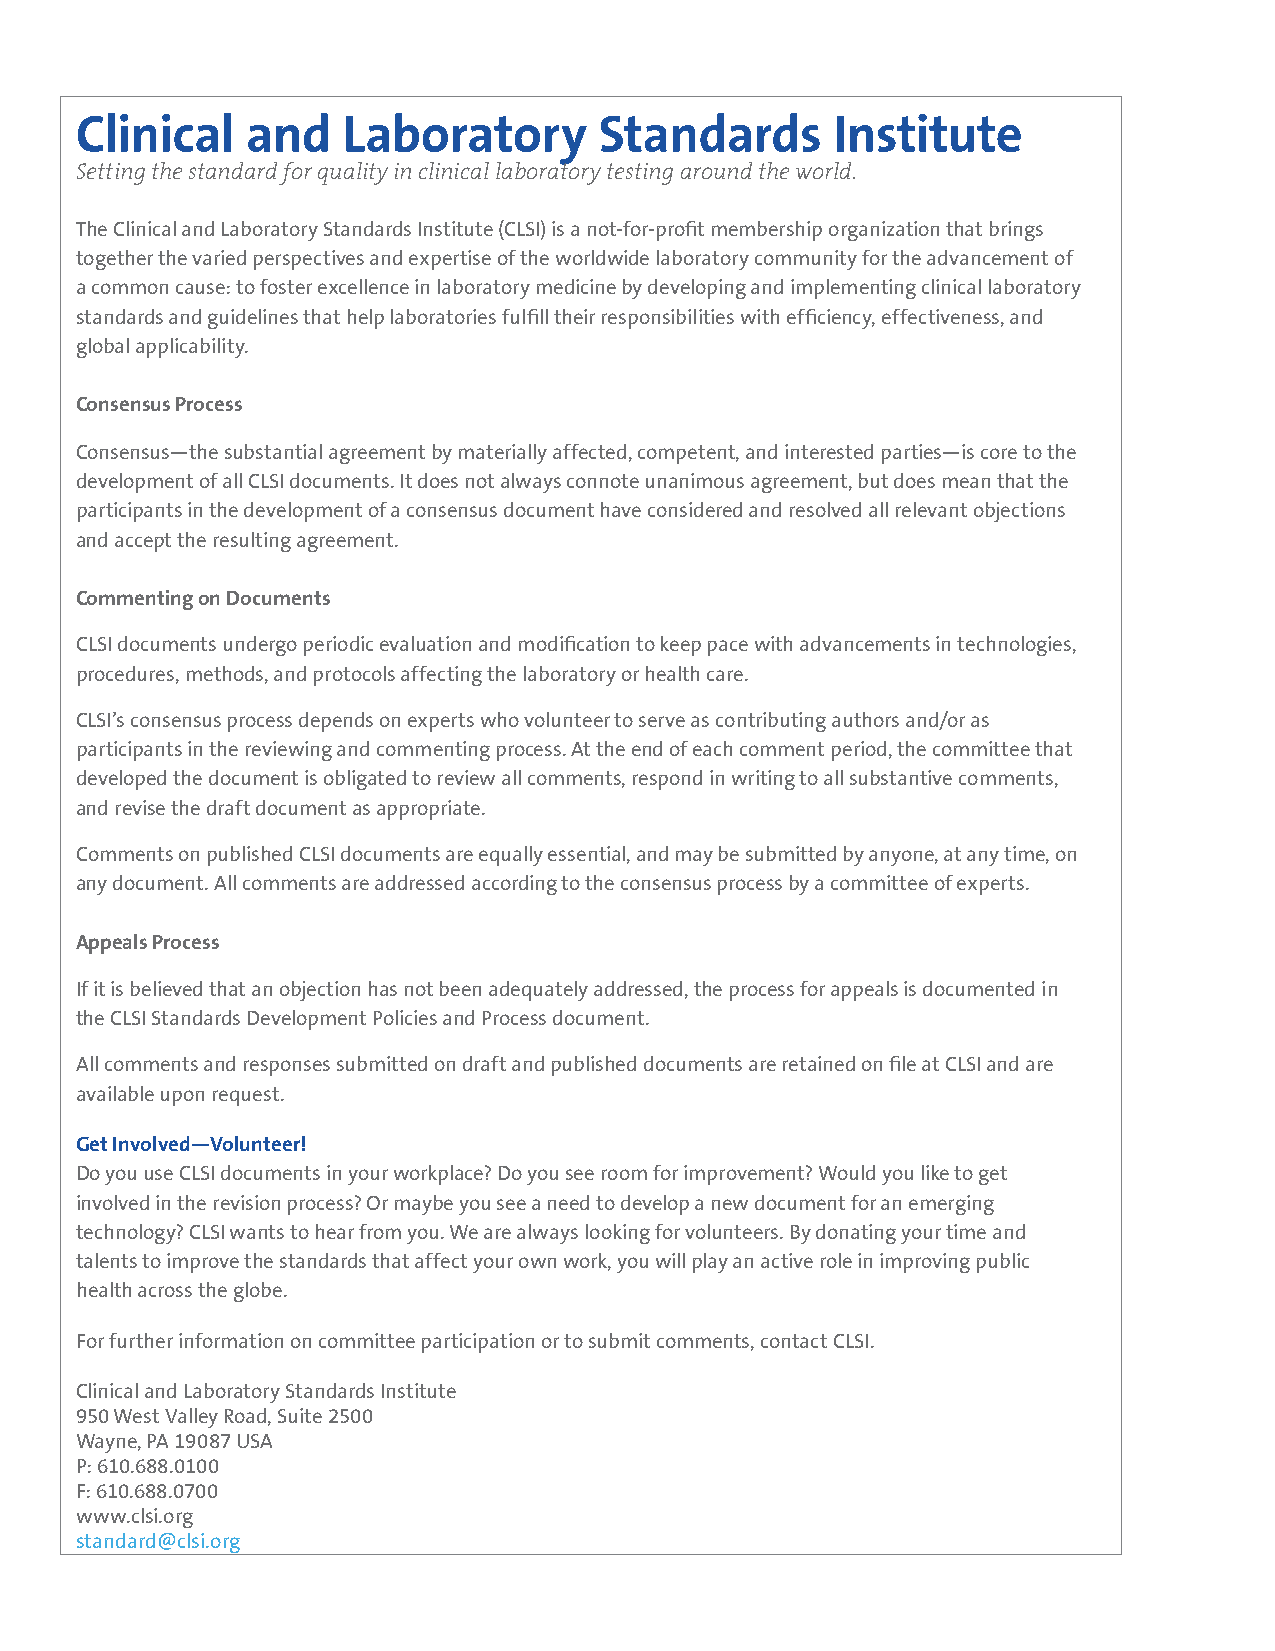
Clinical   and    Laboratory       Standards      Institute
 Setting the standard for quality in clinical laboratory testing around the world.
 The Clinical and Laboratory Standards Institute (CLSI) is a not-for-profit membership organization that brings
 together the varied perspectives and expertise of the worldwide laboratory community for the advancement of
 a common cause: to foster excellence in laboratory medicine by developing and implementing clinical laboratory
 standards and guidelines that help laboratories fulfill their responsibilities with efficiency, effectiveness, and
 global applicability.
 Consensus Process
 Consensus—the substantial agreement by materially affected, competent, and interested parties—is core to the
 development of all CLSI documents. It does not always connote unanimous agreement, but does mean that the
 participants in the development of a consensus document have considered and resolved all relevant objections
 and accept the resulting agreement.
 Commenting on Documents
 CLSI documents undergo periodic evaluation and modification to keep pace with advancements in technologies,
 procedures, methods, and protocols affecting the laboratory or health care.
 CLSI’s consensus process depends on experts who volunteer to serve as contributing authors and/or as
 participants in the reviewing and commenting process. At the end of each comment period, the committee that
 developed the document is obligated to review all comments, respond in writing to all substantive comments,
 and revise the draft document as appropriate.
 Comments on published CLSI documents are equally essential, and may be submitted by anyone, at any time, on
 any document. All comments are addressed according to the consensus process by a committee of experts.
 Appeals Process
 If it is believed that an objection has not been adequately addressed, the process for appeals is documented in
 the CLSI Standards Development Policies and Process document.
 All comments and responses submitted on draft and published documents are retained on file at CLSI and are
 available upon request.
 Get Involved—Volunteer!
 Do you use CLSI documents in your workplace? Do you see room for improvement? Would you like to get
 involved in the revision process? Or maybe you see a need to develop a new document for an emerging
 technology? CLSI wants to hear from you. We are always looking for volunteers. By donating your time and
 talents to improve the standards that affect your own work, you will play an active role in improving public
 health across the globe.
 For further information on committee participation or to submit comments, contact CLSI.
 Clinical and Laboratory Standards Institute
 950 West Valley Road, Suite 2500
 Wayne, PA 19087 USA
 P: 610.688.0100
 F: 610.688.0700
 www.clsi.org
 standard@clsi.org